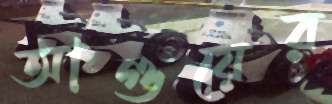
আগুয়ের